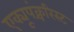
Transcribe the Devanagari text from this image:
एक्यूपंक्चरिस्ट